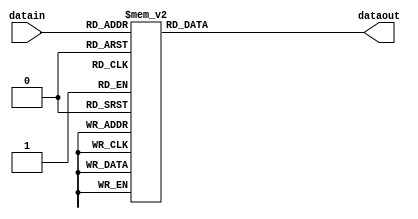
module seg_7_out(input [3:0] datain, output reg [7:0] dataout);
always @(*) begin
	case (datain)
	4'b0000: dataout <= 8'b11000000;
	4'b0001: dataout <= 8'b11111001;
	4'b0010: dataout <= 8'b10100100;
	4'b0011: dataout <= 8'b10110000;
	4'b0100: dataout <= 8'b10011001;
	4'b0101: dataout <= 8'b10010010;
	4'b0110: dataout <= 8'b10000010;
	4'b0111: dataout <= 8'b11111000;
	4'b1000: dataout <= 8'b10000000;
	4'b1001: dataout <= 8'b10010000;
	4'b1010: dataout <= 8'b10001000;
	4'b1011: dataout <= 8'b10000011;
	4'b1100: dataout <= 8'b11000110;
	4'b1101: dataout <= 8'b10100001;
	4'b1110: dataout <= 8'b10000110;
	4'b1111: dataout <= 8'b10001110;
	endcase
end
endmodule